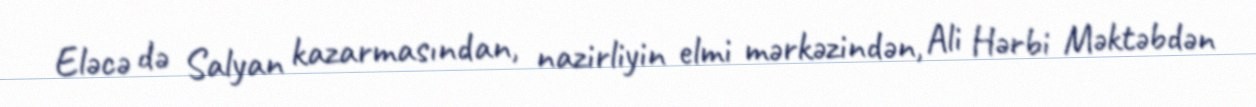
Eləcə də Salyan kazarmasından, nazirliyin elmi mərkəzindən, Ali Hərbi Məktəbdən